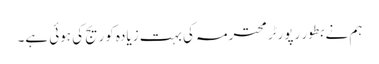
ہم نے بطور رپورٹر محترمہ کی بہت زیادہ کوریج کی ہوئی ہے۔